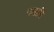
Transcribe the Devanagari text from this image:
गलानि